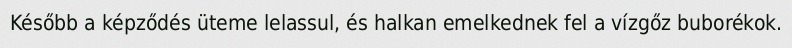
Később a képződés üteme lelassul, és halkan emelkednek fel a vízgőz buborékok.